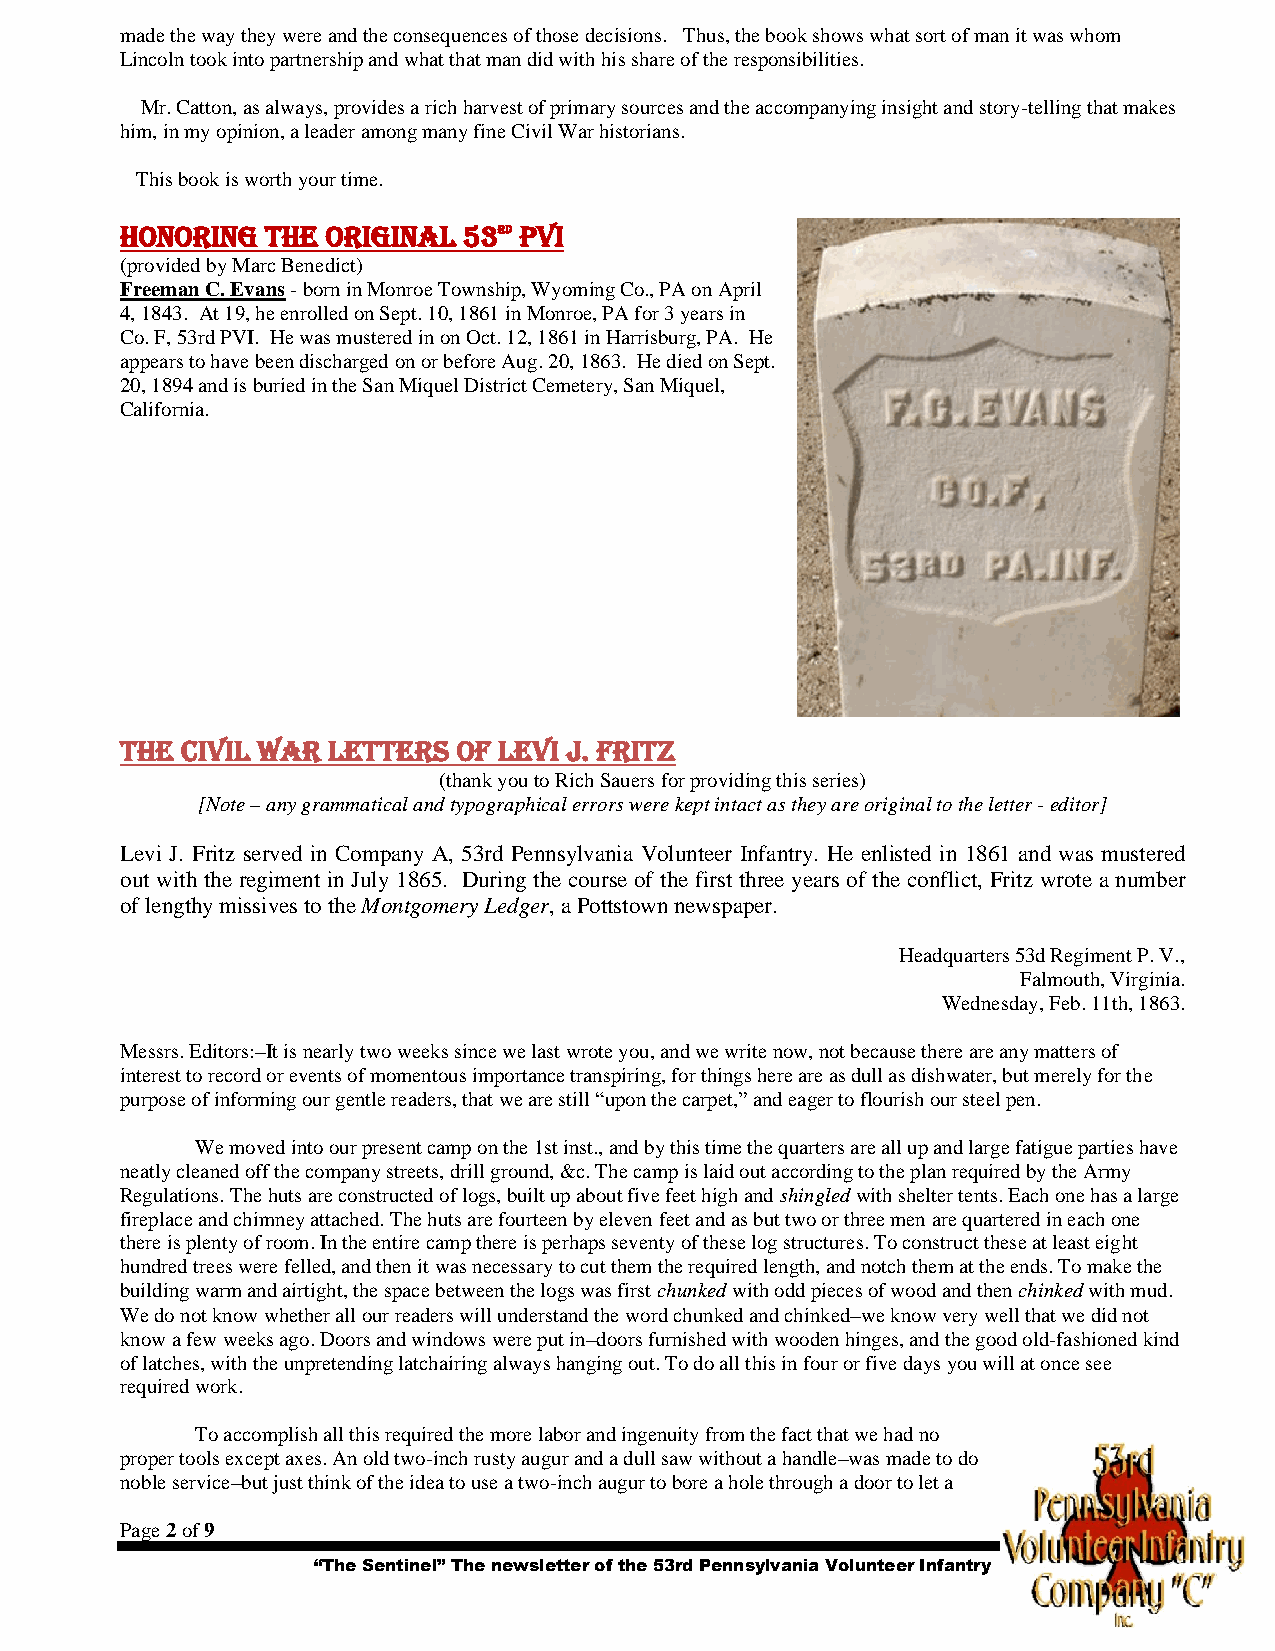
made the way they were and the consequences of those decisions. Thus, the book shows what sort of man it was whom
 Lincoln took into partnership and what that man did with his share of the responsibilities.
 Mr. Catton, as always, provides a rich harvest of primary sources and the accompanying insight and story-telling that makes
 him, in my opinion, a leader among many fine Civil War historians.
 This book is worth your time.
 Honoring  the original 53rd PVI
 (provided by Marc Benedict)
 Freeman C. Evans - born in Monroe Township, Wyoming Co., PA on April
 4, 1843. At 19, he enrolled on Sept. 10, 1861 in Monroe, PA for 3 years in
 Co. F, 53rd PVI. He was mustered in on Oct. 12, 1861 in Harrisburg, PA. He
 appears to have been discharged on or before Aug. 20, 1863. He died on Sept.
 20, 1894 and is buried in the San Miquel District Cemetery, San Miquel,
 California.
 The Civil War Letters of Levi J. Fritz
 (thank you to Rich Sauers for providing this series)
 [Note – any grammatical and typographical errors were kept intact as they are original to the letter - editor]
 Levi J. Fritz served in Company A, 53rd Pennsylvania Volunteer Infantry. He enlisted in 1861 and was mustered
 out with the regiment in July 1865. During the course of the first three years of the conflict, Fritz wrote a number
 of lengthy missives to the Montgomery Ledger, a Pottstown newspaper.
 Headquarters 53d Regiment P. V.,
 Falmouth, Virginia.
 Wednesday, Feb. 11th, 1863.
 Messrs. Editors:–It is nearly two weeks since we last wrote you, and we write now, not because there are any matters of
 interest to record or events of momentous importance transpiring, for things here are as dull as dishwater, but merely for the
 purpose of informing our gentle readers, that we are still “upon the carpet,” and eager to flourish our steel pen.
 We moved into our present camp on the 1st inst., and by this time the quarters are all up and large fatigue parties have
 neatly cleaned off the company streets, drill ground, &c. The camp is laid out according to the plan required by the Army
 Regulations. The huts are constructed of logs, built up about five feet high and shingled with shelter tents. Each one has a large
 fireplace and chimney attached. The huts are fourteen by eleven feet and as but two or three men are quartered in each one
 there is plenty of room. In the entire camp there is perhaps seventy of these log structures. To construct these at least eight
 hundred trees were felled, and then it was necessary to cut them the required length, and notch them at the ends. To make the
 building warm and airtight, the space between the logs was first chunked with odd pieces of wood and then chinked with mud.
 We do not know whether all our readers will understand the word chunked and chinked–we know very well that we did not
 know a few weeks ago. Doors and windows were put in–doors furnished with wooden hinges, and the good old-fashioned kind
 of latches, with the unpretending latchairing always hanging out. To do all this in four or five days you will at once see
 required work.
 To accomplish all this required the more labor and ingenuity from the fact that we had no
 proper tools except axes. An old two-inch rusty augur and a dull saw without a handle–was made to do
 noble service–but just think of the idea to use a two-inch augur to bore a hole through a door to let a
 Page 2 of 9
 “The Sentinel” The newsletter of the 53rd Pennsylvania Volunteer Infantry